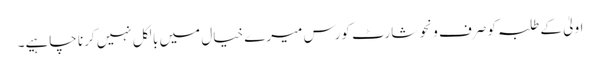
اولیٰ کے طلبہ کو صرف ونحو شارٹ کورس میرے خیال میں بالکل نہیں کرنا چاہیے۔